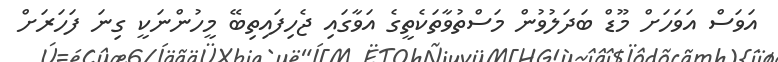
އަވަސް އަވަހަށް މޫޑް ބަދަލުވުން މަސްތުވާތަކެތީގެ އަވާގައި ޖެހިފައިތިބޭ މީހުންނަކީ ގިނަ ފަހަރަށް